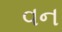
વન